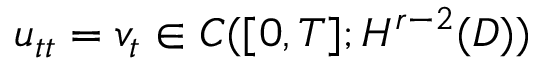
u _ { t t } = v _ { t } \in C ( [ 0 , T ] ; H ^ { r - 2 } ( D ) )